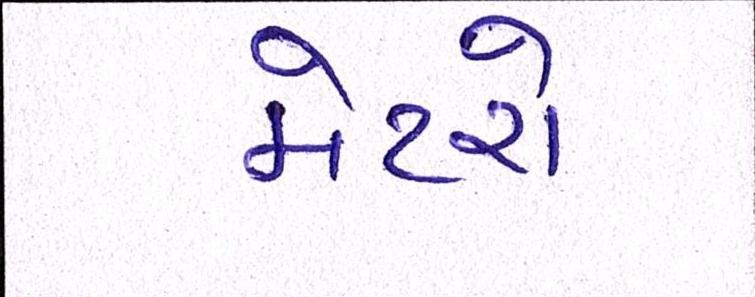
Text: મેટરો